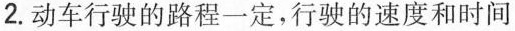
2.动车行驶的路程一定，行驶的速度和时间